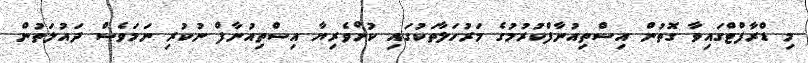
މި ޑްރާފްޓްގައިވާ ގޮތުން އިސްތިއުނާފްކުރުމުގެ މަރުހަލާތަކުގައި ކުށްވެރިޔާ އިސްތިއުނާފް ނުކުރި ނަމަވެސް ދައުލަތުން